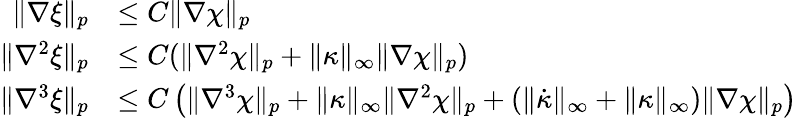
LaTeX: \begin{array}{rl}{\| \nabla\xi\| _{p}}&{\leq C\| \nabla\chi\| _{p}}\\ {\| \nabla^{2}\xi\| _{p}}&{\leq C(\| \nabla^{2}\chi\| _{p}+\| \kappa\| _{\infty}\| \nabla\chi\| _{p})}\\ {\| \nabla^{3}\xi\| _{p}}&{\leq C\left(\| \nabla^{3}\chi\| _{p}+\| \kappa\| _{\infty}\| \nabla^{2}\chi\| _{p}+(\| \dot{\kappa}\| _{\infty}+\| \kappa\| _{\infty})\| \nabla\chi\| _{p}\right)}\end{array}